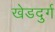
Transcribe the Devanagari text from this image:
खेडदुर्ग